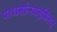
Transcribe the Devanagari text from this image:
परधर्मात्स्वनुष्ठितात्